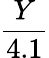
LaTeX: \frac{Y}{4.1}